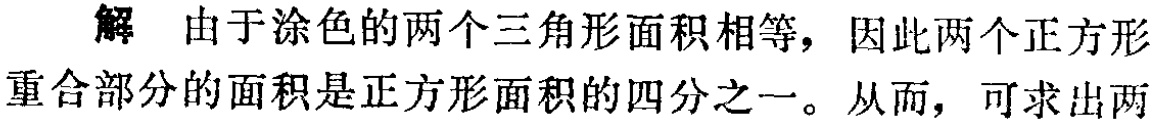
解 由于涂色的两个三角形面积相等，因此两个正方形重合部分的面积是正方形面积的四分之一。从而，可求出两